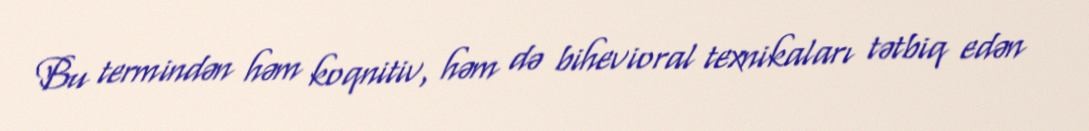
Bu termindən həm koqnitiv, həm də bihevioral texnikaları tətbiq edən